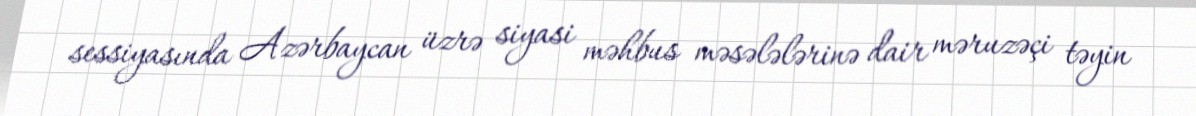
sessiyasında Azərbaycan üzrə siyasi məhbus məsələlərinə dair məruzəçi təyin